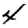
Digit: 4